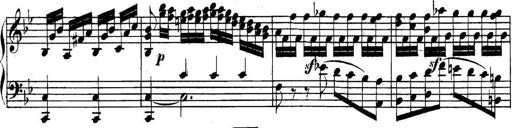
Title: Collected Piano Sonatas
Composer: Muzio Clementi